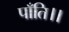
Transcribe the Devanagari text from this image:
पाँति।।